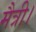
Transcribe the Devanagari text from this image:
मैत्री।